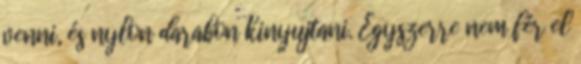
venni, és nylon darabon kinyujtani. Egyszerre nem fér el